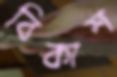
বিকাশ